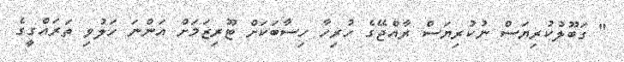
" ގަބޫލުކުރިޔަސް ނުކުރިޔަސް ރާއްޖޭގެ ހުރިހާ ހިސާބަކަށް ޓޫރިޒަމަށް އަންނަ ހަލުވި ތަރައްގީގެ